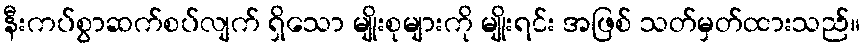
နီးကပ်စွာဆက်စပ်လျက် ရှိသော မျိုးစုများကို မျိုးရင်း အဖြစ် သတ်မှတ်ထားသည်။